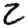
Digit: 2